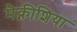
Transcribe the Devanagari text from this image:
मैक्नीशिया